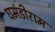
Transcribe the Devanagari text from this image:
घमंडीराम